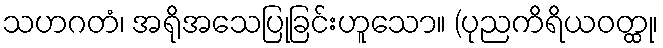
သဟဂတံ၊ အရိုအသေပြုခြင်းဟူသော။ (ပုညကိရိယဝတ္ထု၊